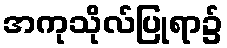
အကုသိုလ်ပြုရာ၌